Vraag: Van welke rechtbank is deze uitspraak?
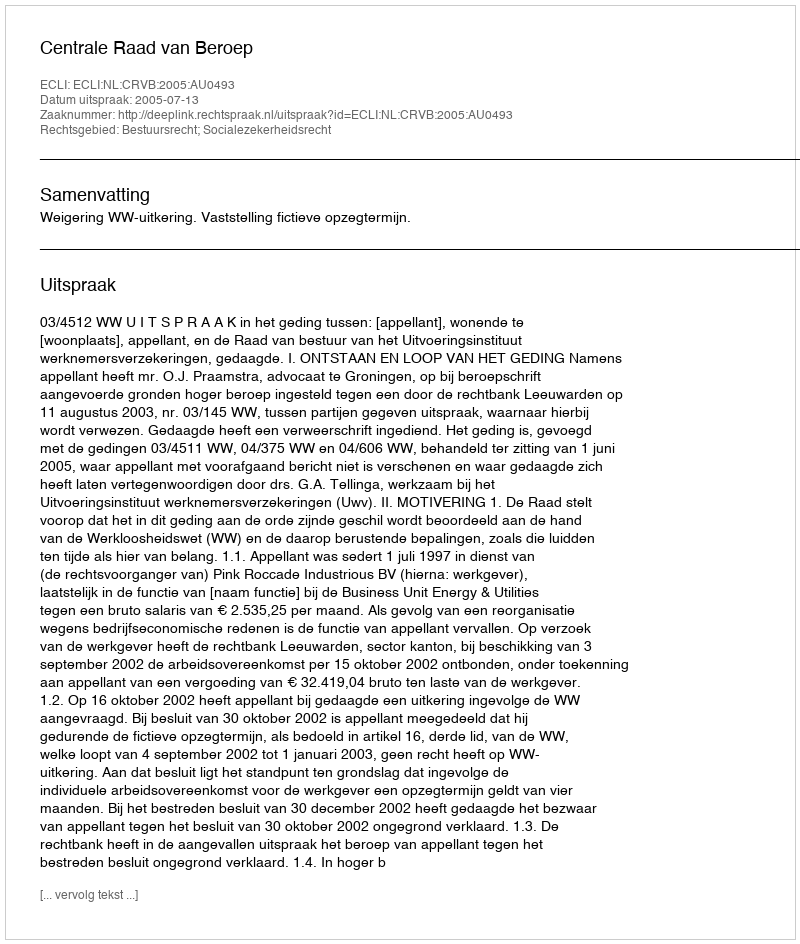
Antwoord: Centrale Raad van Beroep